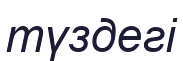
түздегі